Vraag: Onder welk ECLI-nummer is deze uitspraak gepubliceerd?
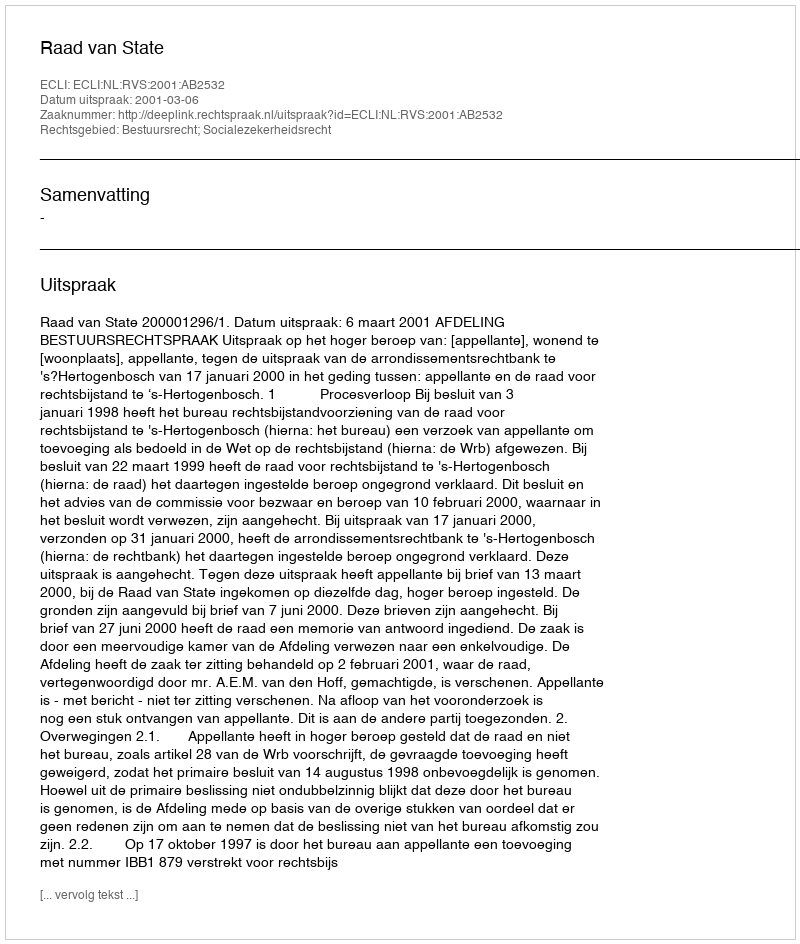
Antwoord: ECLI:NL:RVS:2001:AB2532